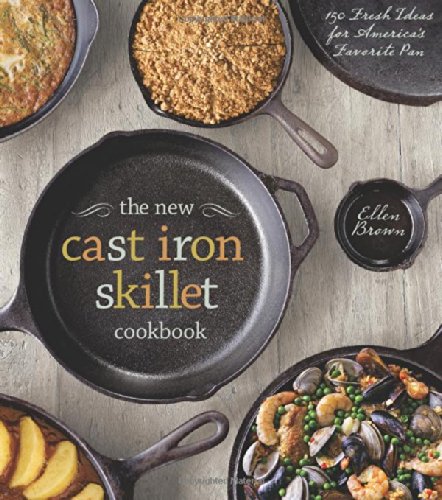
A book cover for The New Cast Iron Skillet Cookbook: 150 Fresh Ideas for America's Favorite Pan; Ellen Brown; Cookbooks, Food & Wine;